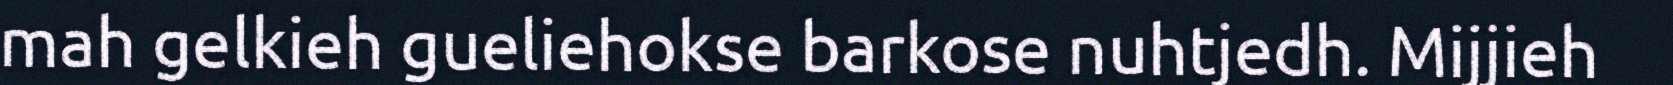
mah gelkieh gueliehokse barkose nuhtjedh. Mijjieh